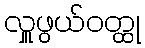
လှူဖွယ်ဝတ္ထု